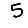
Digit: 5